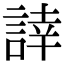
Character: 䛭